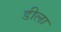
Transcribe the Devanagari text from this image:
डीला